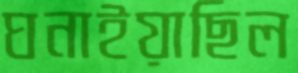
ঘনাইয়াছিল